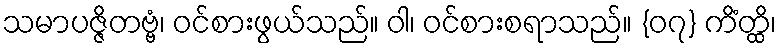
သမာပဇ္ဇိတဗ္ဗံ၊ ဝင်စားဖွယ်သည်။ ဝါ၊ ဝင်စားစရာသည်။ {၀၇} ကိံတ္ထိ၊